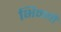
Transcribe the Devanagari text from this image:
भिवाची